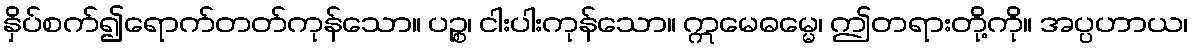
နှိပ်စက်၍ရောက်တတ်ကုန်သော။ ပဉ္စ၊ ငါးပါးကုန်သော။ ဣမေဓမ္မေ၊ ဤတရားတို့ကို။ အပ္ပဟာယ၊